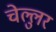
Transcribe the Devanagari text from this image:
चेल्लुर